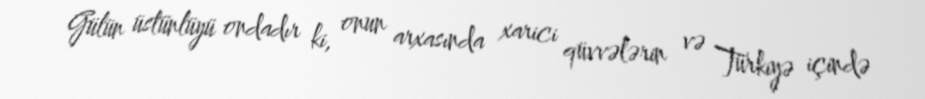
Gülün üstünlüyü ondadır ki, onun arxasında xarici qüvvələrin və Türkiyə içində